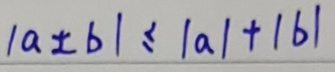
$\vert a \pm b\vert \leq \vert a\vert + \vert b\vert$